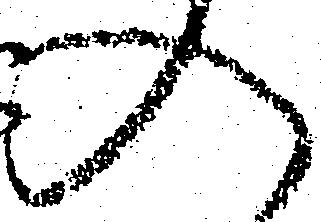
入